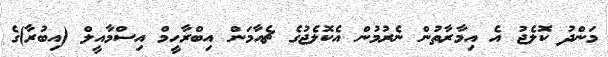
މަންދު ކޮލެޖު އެ އިމާރާތުން ނެރުމުން އެކޮލެޖުގެ ޗެއާމަން އިބްރާހީމް އިސްމާއީލް (އިބުރާ)ގެ